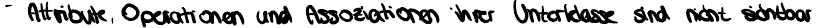
- Attribute, Operationen und Assoziationen ihrer Unterklasse sind nicht sichtbar